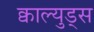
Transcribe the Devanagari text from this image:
क्वाल्युड्स